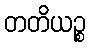
တတိယဉ္စ